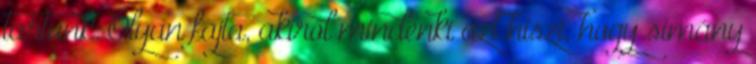
tartunk. Olyan fajta, akiről mindenki azt hiszi, hogy simány